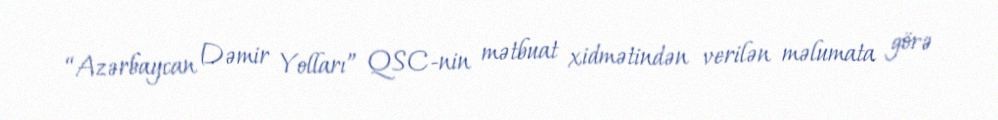
“Azərbaycan Dəmir Yolları” QSC-nin mətbuat xidmətindən verilən məlumata görə